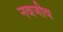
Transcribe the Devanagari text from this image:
नवजीव